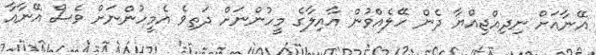
އޭނާއަށް ނިދިއްޖިއްޔާ ދެން ހޭލެއްވުން އާއިލާގެ މީހުންނަށް ދަތިވެ އެމީހުންނަށް ވެސް އޭނާއާ